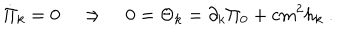
LaTeX: \dot { \Pi } _ { k } = 0 \quad \Rightarrow \quad 0 = \Theta _ { k } = \partial _ { k } \Pi _ { 0 } + c m ^ { 2 } h _ { k } \ .